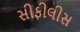
સીફીલીસ